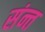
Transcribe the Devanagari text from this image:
संन्त